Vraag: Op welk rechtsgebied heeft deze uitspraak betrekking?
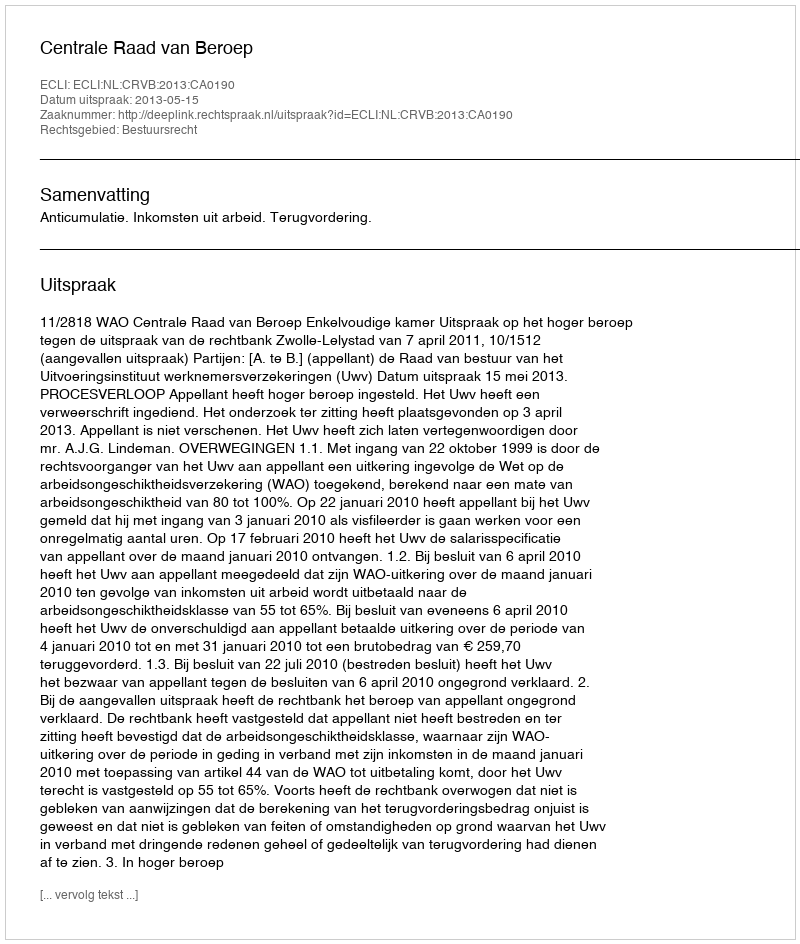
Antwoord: Bestuursrecht